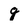
Character: g